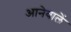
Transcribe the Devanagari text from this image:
आनेवालें